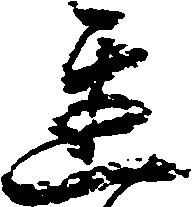
遅